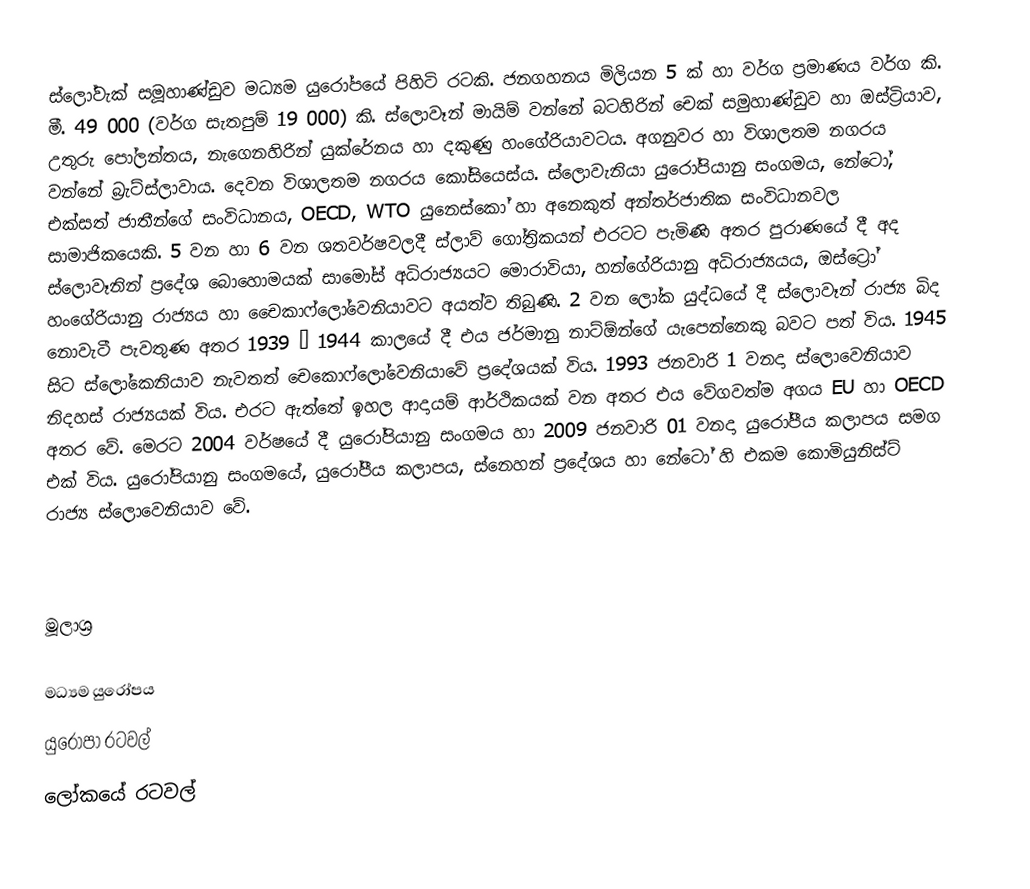
ස්ලෝවැක් සමූහාණ්ඩුව  මධ්‍යම යුරෝපයේ පිහිටි රටකි. ජනගහනය මිලියන 5 ක් හා වර්ග ප්‍රමාණය වර්ග කි. මී. 49 000 (වර්ග සැතපුම් 19 000) කි. ස්ලොවෑන් මායිම් වන්නේ බටහිරින් චෙක් සමුහාණ්ඩුව හා ඔස්ට්‍රියාව, උතුරු පෝලන්තය, නැගෙනහිරින් යුක්රේනය හා දකුණු  හංගේරියාවටය. අගනුවර හා විශාලතම නගරය වන්නේ බ්‍රැට්ස්ලාවාය. දෙවන විශාලතම නගරය කෝසියෙස්ය. ස්ලොවැනියා යුරෝපියානු සංගමය, නේටෝ, එක්සත් ජාතීන්ගේ සංවිධානය, OECD, WTO යුනෙස්කෝ හා අනෙකුත් අන්තර්ජාතික සංවිධානවල සාමාජිකයෙකි. 5 වන හා 6 වන ශතවර්ෂවලදී ස්ලාව් ගෝත්‍රිකයන් එරටට පැමිණි අතර පුරාණයේ දී අද ස්ලොවෑනින් ප්‍රදේශ බොහොමයක් සාමෝස් අධිරාජ්‍යයට මොරාවියා, හන්ගේරියානු අධිරාජ්‍යයය, ඔස්ට්‍රෝ  හංගේරියානු රාජ්‍යය හා චෙ‍ෙකාෆ්ලෝවෙනියාවට අයත්ව තිබුණි. 2 වන ලෝක යුද්ධයේ දී ස්ලොවෑන් රාජ්‍ය බිද නොවැටී පැවතුණ අතර 1939 – 1944 කාලයේ දී එය ජර්මානු නාට්ඕන්ගේ යැපෙන්නෙකු බවට පත් විය. 1945 සිට ස්ලෝකෙනියාව නැවතත් චෙකොෆ්ලෝවෙනියාවේ ප්‍රදේශයක් විය. 1993 ජනවාරි 1 වනදා ස්ලොවෙනියාව නිදහස් රාජ්‍යයක් විය. එරට ඇත්තේ ඉහල ආදායම් ආර්ථිකයක් වන අතර එය වේගවත්ම අගය EU හා OECD අතර වේ. මෙරට 2004 වර්ෂයේ දී යුරෝපියානු සංගමය හා 2009 ජනවාරි 01 වනදා යුරෝපීය කලාපය සමග එක් විය. යුරෝපියානු සංගමයේ, යුරෝපීය කලාපය, ස්නෙහන් ප්‍රදේශය හා නේටෝ හි එකම කොමියුනිස්ට් රාජ්‍ය ස්ලොවෙනියාව වේ.

මූලාශ්‍ර

මධ්‍යම යුරෝපය
යුරෝපා රටවල්‎
ලෝකයේ රටවල්‎